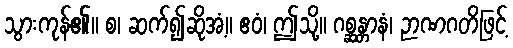
သွားကုန်၏။ စ၊ ဆက်၍ဆိုအံ့။ ဧဝံ၊ ဤသို့။ ဂစ္ဆန္တာနံ၊ ဉာဏဂတိဖြင့်